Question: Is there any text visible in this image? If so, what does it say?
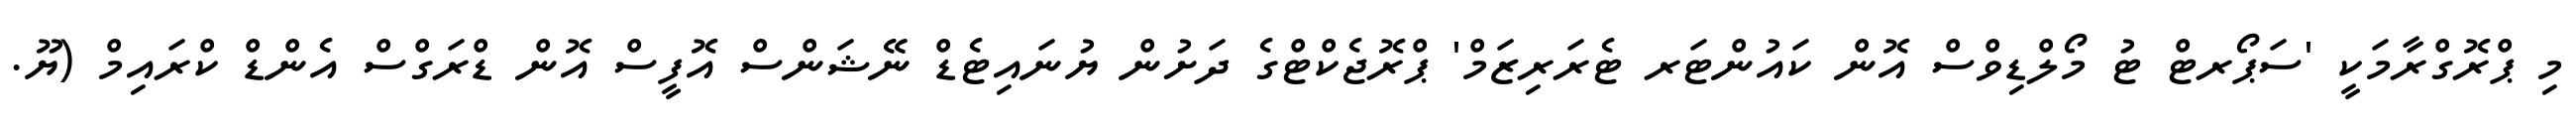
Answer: މި ޕްރޮގްރާމަކީ 'ސަޕޯރޓް ޓު މޯލްޑިވްސް އޮން ކައުންޓަރ ޓެރަރިޒަމް' ޕްރޮޖެކްޓްގެ ދަށުން ޔުނައިޓެޑް ނޭޝަންސް އޮފީސް އޮން ޑްރަގްސް އެންޑް ކްރައިމް (ޔޫ.